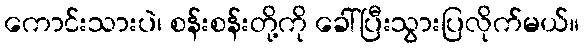
ကောင်းသားပဲ၊ စန်းစန်းတို့ကို ခေါ်ပြီးသွားပြလိုက်မယ်။